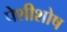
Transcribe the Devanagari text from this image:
पेशीशोष